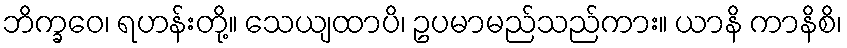
ဘိက္ခဝေ၊ ရဟန်းတို့။ သေယျထာပိ၊ ဥပမာမည်သည်ကား။ ယာနိ ကာနိစိ၊